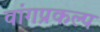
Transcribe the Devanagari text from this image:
वांगप्रकल्प